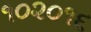
૧૦૨૦૧૬